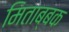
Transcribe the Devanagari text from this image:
मिताब्बक